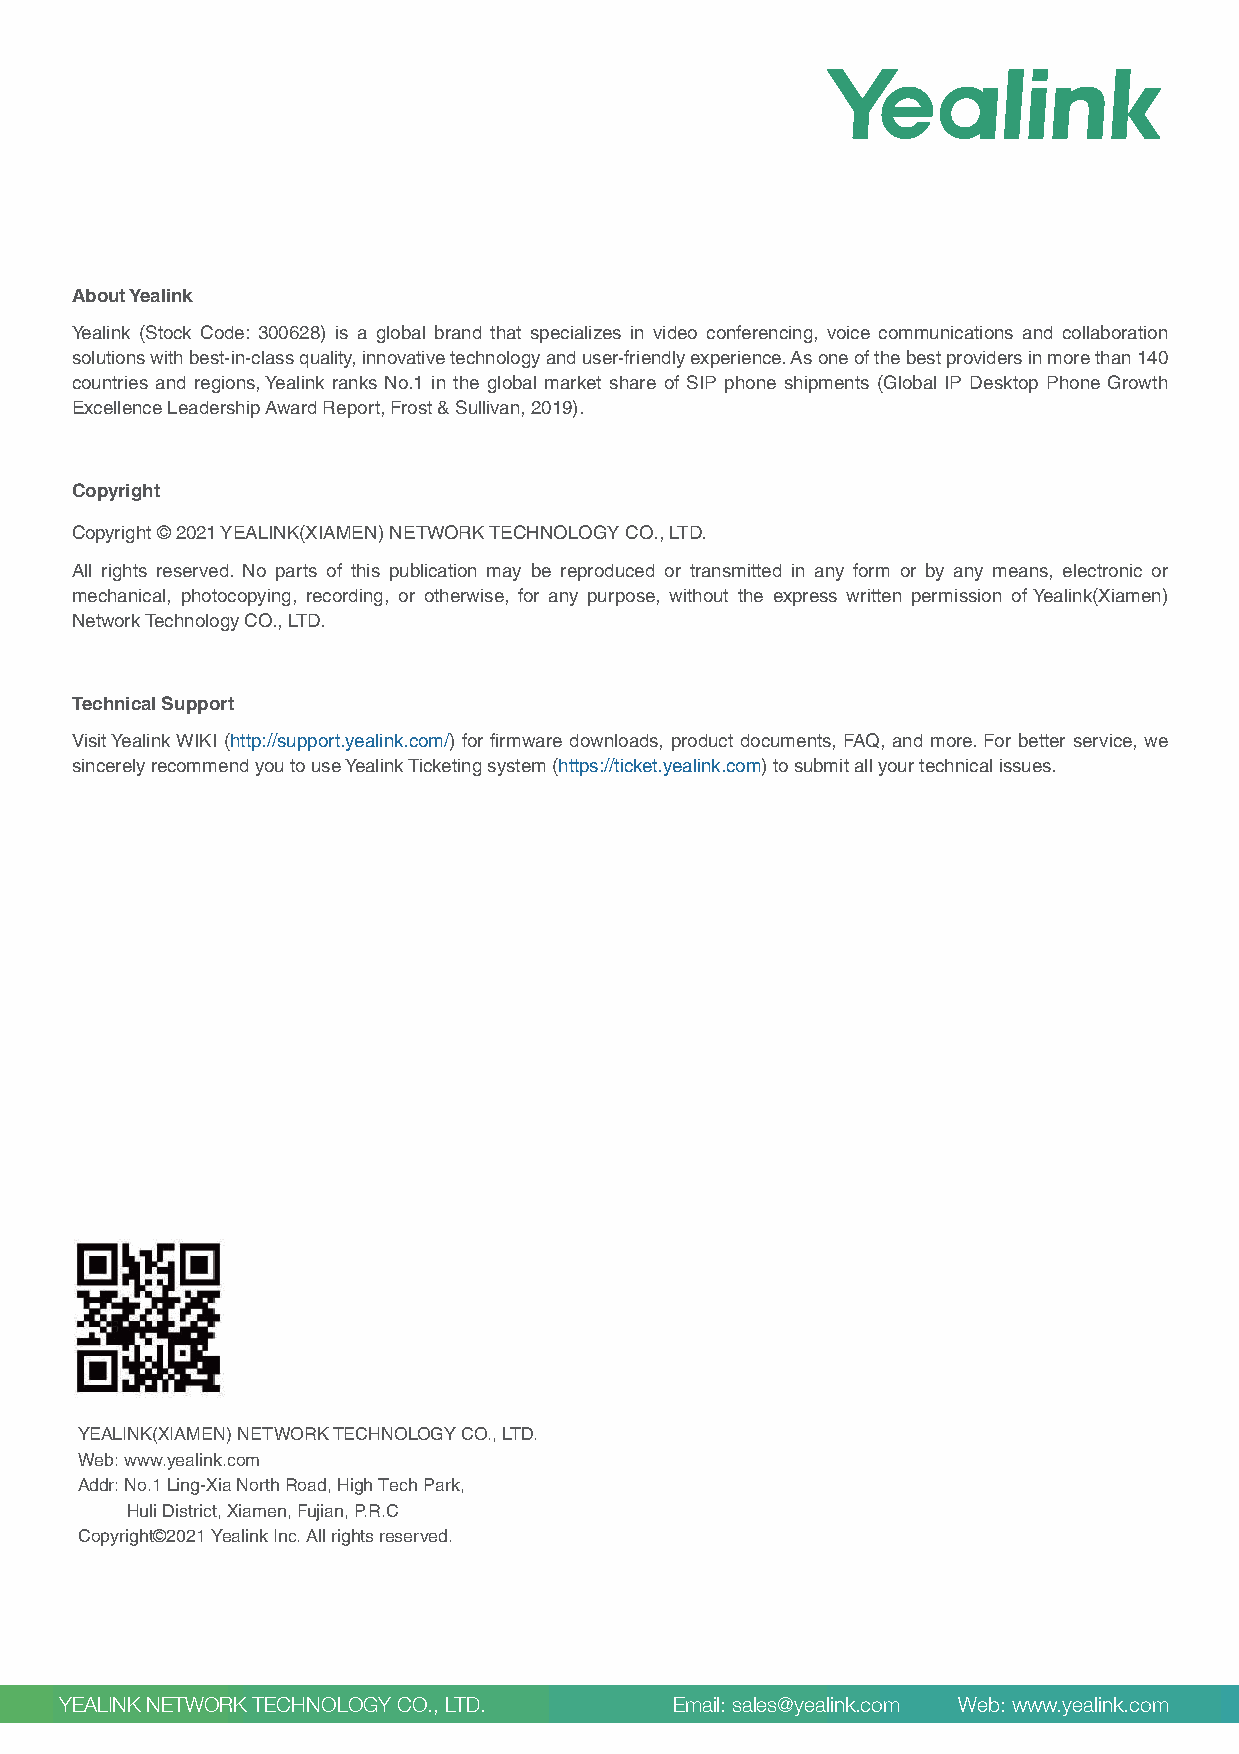
About Yealink
 Yealink (Stock Code: 300628) is a global brand that specializes in video conferencing, voice communications and collaboration
 solutions with best-in-class quality, innovative technology and user-friendly experience. As one of the best providers in more than 140
 countries and regions, Yealink ranks No.1 in the global market share of SIP phone shipments (Global IP Desktop Phone Growth
 Excellence Leadership Award Report, Frost & Sullivan, 2019).
 Copyright
 Copyright © 2021 YEALINK(XIAMEN) NETWORK TECHNOLOGY CO., LTD.
 All rights reserved. No parts of this publication may be reproduced or transmitted in any form or by any means, electronic or
 mechanical, photocopying, recording, or otherwise, for any purpose, without the express written permission of Yealink(Xiamen)
 Network Technology CO., LTD.
 Technical Support
 Visit Yealink WIKI (http://support.yealink.com/) for firmware downloads, product documents, FAQ, and more. For better service, we
 sincerely recommend you to use Yealink Ticketing system (https://ticket.yealink.com) to submit all your technical issues.
 YEALINK(XIAMEN) NETWORK TECHNOLOGY CO., LTD.
 Web: www.yealink.com
 Addr: No.1 Ling-Xia North Road, High Tech Park,
 Huli District, Xiamen, Fujian, P.R.C
 Copyright©2021 Yealink Inc. All rights reserved.
 YEALINK NETWORK TECHNOLOGY CO., LTD.     Email: sales@yealink.com Web: www.yealink.com